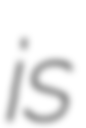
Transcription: is